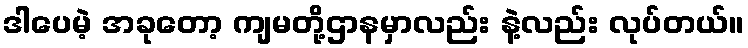
ဒါပေမဲ့ အခုတော့ ကျမတို့ဌာနမှာလည်း နဲ့လည်း လုပ်တယ်။